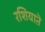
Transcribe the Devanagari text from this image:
रशियाऩॆ